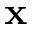
\mathbf { x }